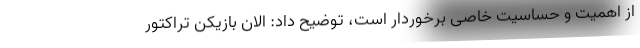
از اهمیت و حساسیت خاصی برخوردار است، توضیح داد: الان بازیکن تراکتور